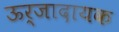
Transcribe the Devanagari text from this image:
ऊर्जादायक